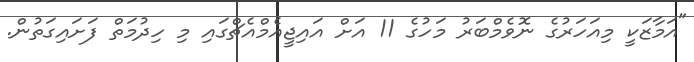
"އަމާޒަކީ މިއަހަރުގެ ނޮވެމްބަރު މަހުގެ 11 އަށް އައިޖީއެމްއެޗްގައި މި ހިދުމަތް ފަށައިގަތުން.